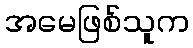
အမေဖြစ်သူက